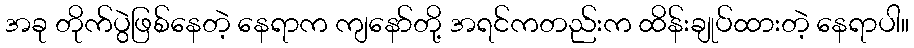
အခု တိုက်ပွဲဖြစ်နေတဲ့ နေရာက ကျနော်တို့ အရင်ကတည်းက ထိန်းချုပ်ထားတဲ့ နေရာပါ။